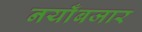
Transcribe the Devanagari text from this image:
नयाँबजार